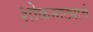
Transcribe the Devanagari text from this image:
शोकनाट्याचे